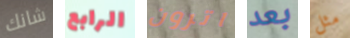
شانك الرابع اترون بعد مثل